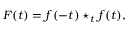
F ( t ) = f ( - t ) \star _ { t } f ( t ) ,